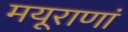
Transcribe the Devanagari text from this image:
मयूराणां